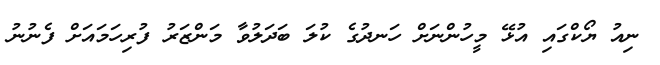
ނިއު ޔޯކްގައި އުޅޭ މީހުންނަށް ހަނދުގެ ކުލަ ބަދަލުވާ މަންޒަރު ފުރިހަމައަށް ފެނުނު